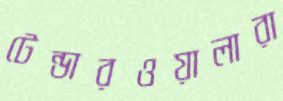
টেন্ডারওয়ালারা